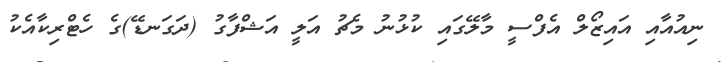
ނިއުއާއި އައިޒޯލް އެފްސީ މާލޭގައި ކުޅުނު މެޗު އަލީ އަޝްފާގު (ދަގަނޑޭ)ގެ ހެޓްރިކާއެކު